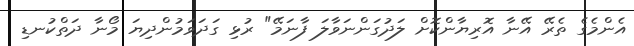
އެންމެގެ ތެރޭ އޭނާ އޮރިޔާންކޮށް ލަދުގަންނަވާލަ ފާނަމޭ" ރުޅި ގަދަވަމުންދިޔަ މޯނާ ދަތްކުނޑި